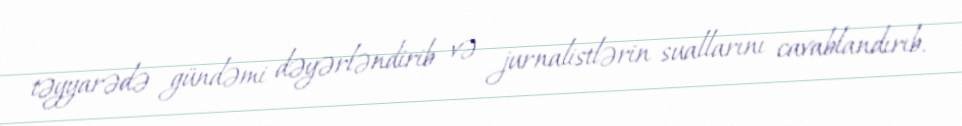
təyyarədə gündəmi dəyərləndirib və jurnalistlərin suallarını cavablandırıb.